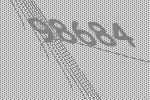
98684